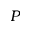
P